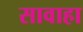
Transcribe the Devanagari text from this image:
सावाहा